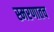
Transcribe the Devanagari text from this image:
स्मरणातच